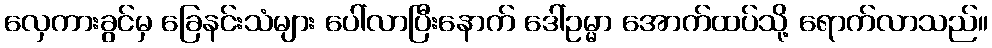
လှေကားခွင်မှ ခြေနင်းသံများ ပေါ်လာပြီးနောက် ဒေါ်ဥမ္မာ အောက်ထပ်သို့ ရောက်လာသည်။